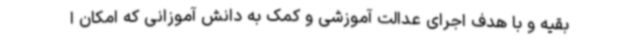
بقیه و با هدف اجرای عدالت آموزشی و کمک به دانش آموزانی که امکان ا